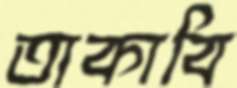
তাকাবি